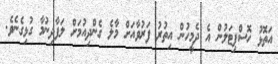
އަތޮޅު ހޮސްޕިޓަލުން އެ ދެމީހުން އިތުރު ފަރުވާއަށް މާލެ ގެންދިއުމަށް ލަފާދިނުމާ ގުޅިގެނެވެ.